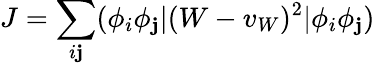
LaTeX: J=\sum_{i\mathbf{j}}(\phi_{i}\phi_{\mathbf{j}}|(W-v_{W})^{2}|\phi_{i}\phi_{\mathbf{j}})